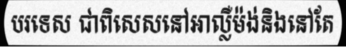
បរទេស ជាពិសេសនៅអាល្លឺម៉ង់និងនៅតែ